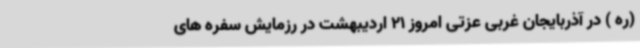
(ره ) در آذربایجان غربی عزتی امروز 21 اردیبهشت در رزمایش سفره های